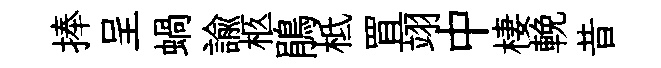
捧呈蝸諭柩鵑柢罝翊中棲輓昔